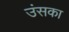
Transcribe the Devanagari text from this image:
उंसका